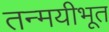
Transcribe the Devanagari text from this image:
तन्मयीभूत